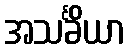
အသင်္ခိယာ